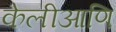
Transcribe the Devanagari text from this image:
केलीआणि